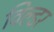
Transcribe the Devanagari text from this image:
विल्डर